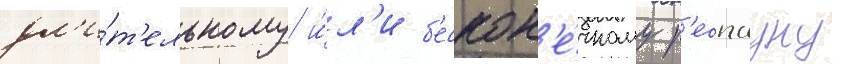
дл'и́т'ельному и́л'и б'ескон'е́чному р'еспауну